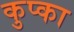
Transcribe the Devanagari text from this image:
कुप्का